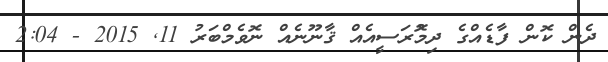
ދެން ކޮން ފާޑެއްގެ ދިމޮުރަސީއެއް ޤާނޫނެއް ނޮވެމްބަރު 11